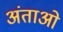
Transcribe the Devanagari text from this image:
अंताओ